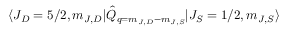
\langle J _ { D } = 5 / 2 , m _ { J , D } \rvert \hat { Q } _ { q = m _ { J , D } - m _ { J , S } } \lvert J _ { S } = 1 / 2 , m _ { J , S } \rangle